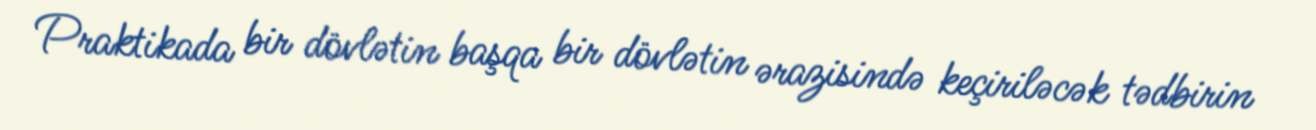
Praktikada bir dövlətin başqa bir dövlətin ərazisində keçiriləcək tədbirin